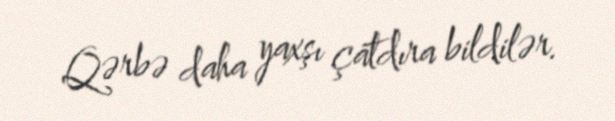
Qərbə daha yaxşı çatdıra bildilər.